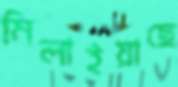
মিলাইয়াছে